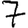
Digit: 7